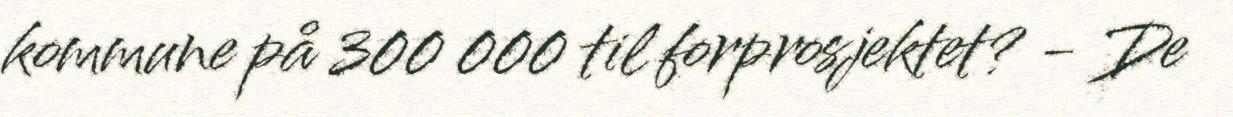
kommune på 300 000 til forprosjektet? - De